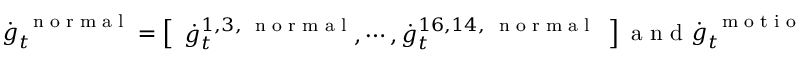
\dot { \boldsymbol g } _ { t } ^ { \mathrm { ~ \scriptsize ~ n ~ o ~ r ~ m ~ a ~ l ~ } } = \left[ \begin{array} { l } { \dot { g } _ { t } ^ { 1 , 3 , \mathrm { ~ \scriptsize ~ n ~ o ~ r ~ m ~ a ~ l ~ } } , \cdots , \dot { g } _ { t } ^ { 1 6 , 1 4 , \mathrm { ~ \scriptsize ~ n ~ o ~ r ~ m ~ a ~ l ~ } } } \end{array} \right] \mathrm { ~ a ~ n ~ d ~ } \dot { \boldsymbol g } _ { t } ^ { \mathrm { ~ \scriptsize ~ m ~ o ~ t ~ i ~ o ~ n ~ } } = \left[ \begin{array} { l } { \dot { g } _ { t } ^ { 1 , 3 , \mathrm { ~ \scriptsize ~ m ~ o ~ t ~ i ~ o ~ n ~ } } , \cdots , \dot { g } _ { t } ^ { 1 6 , 1 4 , \mathrm { ~ \scriptsize ~ m ~ o ~ t ~ i ~ o ~ n ~ } } } \end{array} \right]